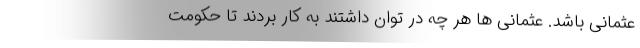
عثمانی باشد. عثمانی ها هر چه در توان داشتند به کار بردند تا حکومت